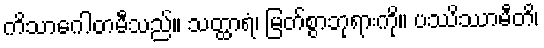
ကိသာဂေါတမီသည်။ သတ္ထာရံ၊ မြတ်စွာဘုရားကို။ ပဿိဿာမီတိ၊